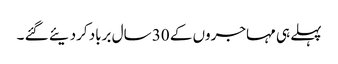
پہلے ہی مہاجروں کے 30 سال برباد کردیئے گئے ۔